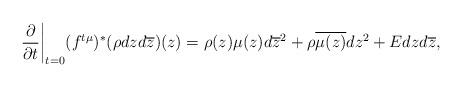
LaTeX: \begin{align*}\frac{\partial}{\partial t}\bigg|_{t=0} (f^{t\mu})^*(\rho dzd\overline{z})(z) = \rho(z)\mu(z)d\overline{z}^2 + \rho\overline{\mu(z)}dz^2 + Edzd\overline{z},\end{align*}